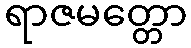
ရာဇမတ္တော